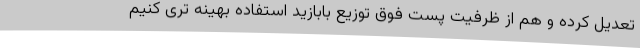
تعدیل کرده و هم از ظرفیت پست فوق توزیع بابازید استفاده بهینه تری کنیم